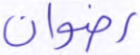
رضوان